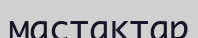
мастактар